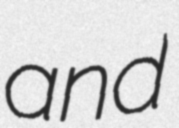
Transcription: and